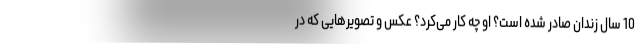
10 سال زندان صادر شده است؟ او چه کار می‌کرد؟ عکس و تصویرهایی که در